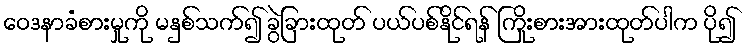
ဝေဒနာခံစားမှုကို မနှစ်သက်၍ ခွဲခြားထုတ် ပယ်ပစ်နိုင်ရန် ကြိုးစားအားထုတ်ပါက ပို၍